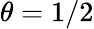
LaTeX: \theta=1/2